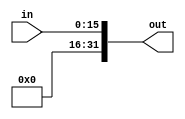
`timescale 1ns / 1ps

module ZeroExtension(in, out);
// Input from Immediate/Offset field of Instruction Memory
input [15:0] in;
// Output to IDEX register -> Execution Stage
output reg [31:0] out;

always@(in)begin
    out [15:0] <= in;
    out [31:16] <= 16'd0;
end

endmodule